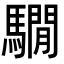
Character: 𩦂